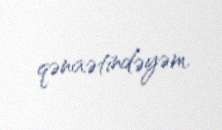
qənaətindəyəm.